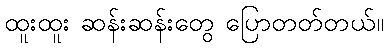
ထူးထူး ဆန်းဆန်းတွေ ပြောတတ်တယ်။